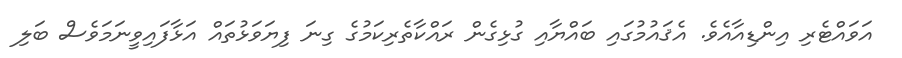
އަވައްޓެރި އިންޑިއާއެވެ. އެޤައުމުގައި ބައްޔާއި ގުޅިގެން ރައްކާތެރިކަމުގެ ގިނަ ފިޔަވަޅުތައް އަޅާފައިވީނަމަވެސް ބަލި